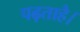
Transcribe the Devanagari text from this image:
पढ़ताहै।